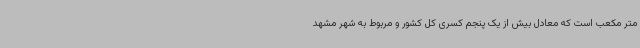
متر مکعب است که معادل بیش از یک پنجم کسری کل کشور و مربوط به شهر مشهد